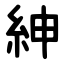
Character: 紳